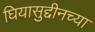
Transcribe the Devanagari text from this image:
घियासुद्दीनच्या